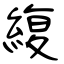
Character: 緮